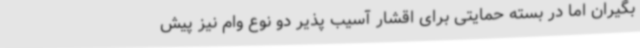
بگیران اما در بسته حمایتی برای اقشار آسیب پذیر دو نوع وام نیز پیش